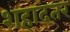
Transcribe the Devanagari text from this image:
शहादतर